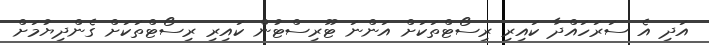
އަދި އެ ސަރަހައްދާ ކައިރި ރިސޯޓްތަކަށް އަންނަ ޓޫރިސްޓުން ކައިރި ރިސޯޓްތަކަށް ގެންދިޔުމަށް